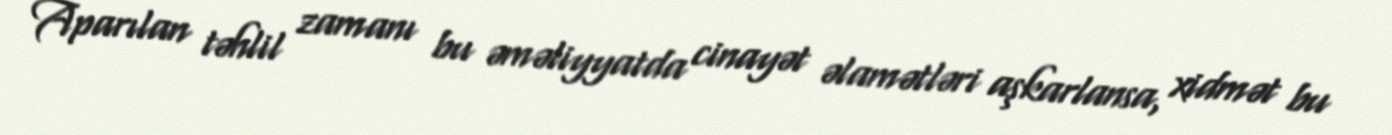
Aparılan təhlil zamanı bu əməliyyatda cinayət əlamətləri aşkarlansa, xidmət bu